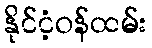
နိုင်ငံ့ဝန်ထမ်း